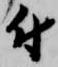
付